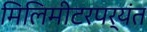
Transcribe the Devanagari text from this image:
मिलिमीटरपर्यंत